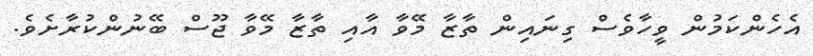
އެހެންކަމުން ވީހާވެސް ގިނައިން ތާޒާ މޭވާ އާއި ތާޒާ މޭވާ ޖޫސް ބޭނުންކުރާށެވެ.